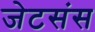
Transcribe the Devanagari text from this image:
जेटसंस